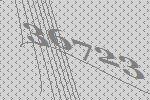
36723